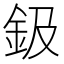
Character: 鈒